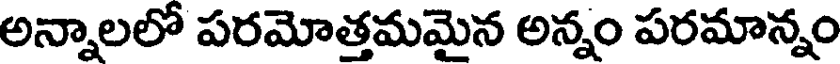
అన్నాలలో పరమోత్తమమైన అన్నం పరమాన్నం